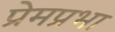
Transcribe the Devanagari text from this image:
प्रेमप्रभा